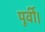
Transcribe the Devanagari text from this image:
पूर्वी।